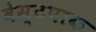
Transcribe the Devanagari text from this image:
वेस्टपाक